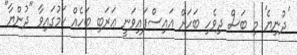
'ދުނިޔެ' މި ބަސް ދިވެހި ބަހަށް އައިސްފައިވަނީ ޢަރަބި ބަހެއް ކަމުގައިވާ "ދުންޔާ"